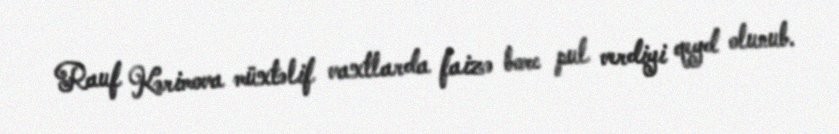
Rauf Kərimova müxtəlif vaxtlarda faizə borc pul verdiyi qeyd olunub.